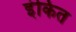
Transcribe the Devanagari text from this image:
इंकित